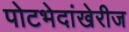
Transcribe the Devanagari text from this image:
पोटभेदांखेरीज